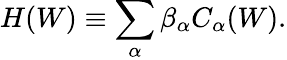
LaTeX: H(W)\equiv\sum_{\alpha}\beta_{\alpha}C_{\alpha}(W).